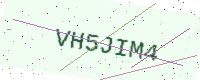
Text: VH5JIM4